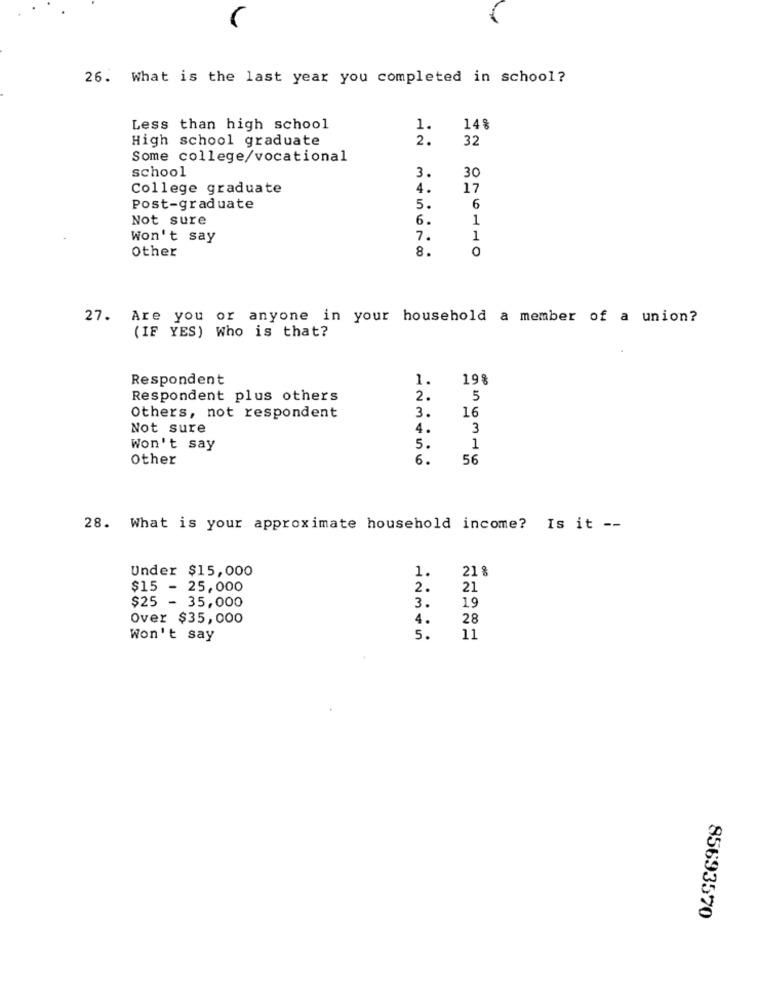
26. What is the last year you completed in school?
Less than high school
1.
14%
High school graduate
2.
32
Some college/vocational
school
3.
30
College graduate
4.
17
Post-graduate
5.
6
Not sure
6.
1
Won't say
7.
1
Other
8.
0
27. Are you or anyone in your household a member of a union?
(IF YES) Who is that?
Respondent
1.
198
Respondent plus others
2.
5
3.
16
Others, not respondent
Not sure
4.
3
Won't say
5.
1
Other
6.
56
28. What is your approximate household income? Is it --
Under $15,000
1.
218
$15 - 25,000
2.
21
$25 - 35,000
19
3.
Over $35,000
4.
28
Won't say
5.
11
85693570